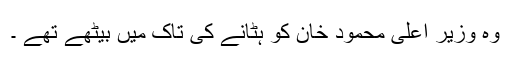
وہ وزیر اعلی محمود خان کو ہٹانے کی تاک میں بیٹھے تھے ۔